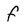
Character: f